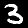
Digit: 3